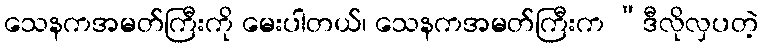
သေနကအမတ်ကြီးကို မေးပါတယ်၊ သေနကအမတ်ကြီးက “ဒီလိုလှပတဲ့